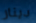
دينار